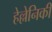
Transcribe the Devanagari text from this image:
हेल्लेनिकी